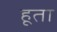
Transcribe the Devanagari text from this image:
हूता